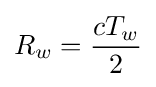
R_{w}={\frac {cT_{w}}{2}}